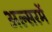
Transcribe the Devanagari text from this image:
अल्सरमें